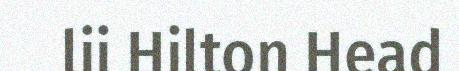
lii Hilton Head